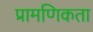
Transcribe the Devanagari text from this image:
प्रामणिकता